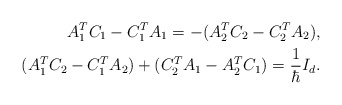
\begin{align*} A_{1}^{T} C_{1} - C_{1}^{T} A_{1} = -(A_{2}^{T} C_{2} - C_{2}^{T} A_{2}), \\ (A_{1}^{T} C_{2} - C_{1}^{T} A_{2}) + (C_{2}^{T} A_{1} - A_{2}^{T} C_{1}) = \frac{1}{\hbar} I_{d}. \end{align*}